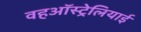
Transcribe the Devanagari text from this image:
वहऑस्ट्रेलियाई